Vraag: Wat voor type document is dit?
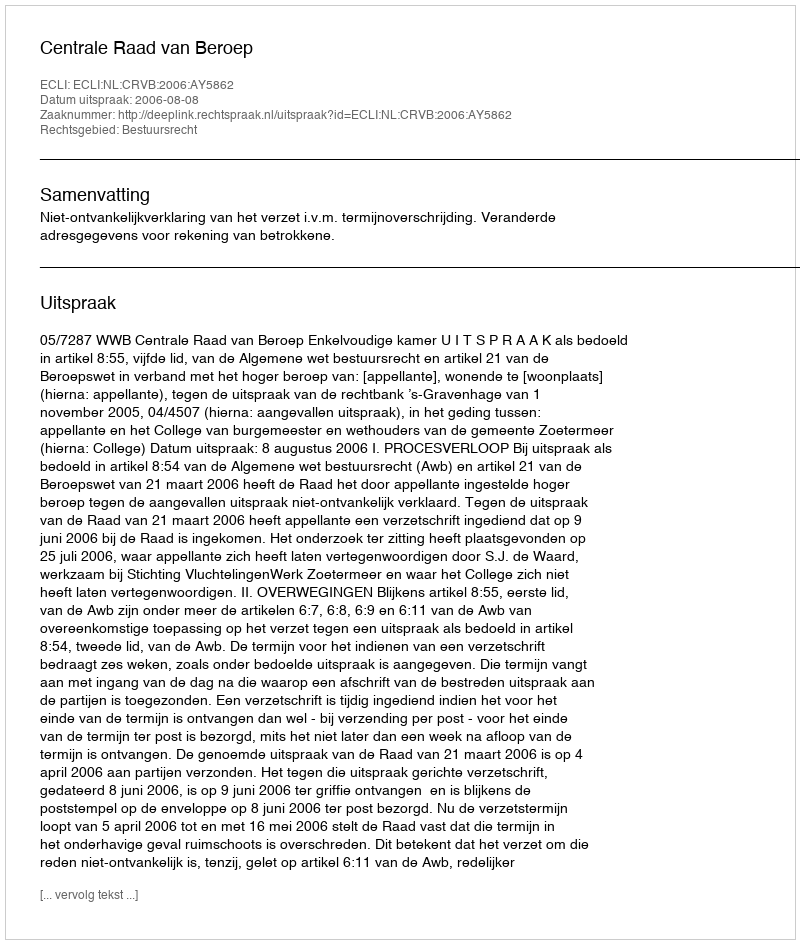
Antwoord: Uitspraak